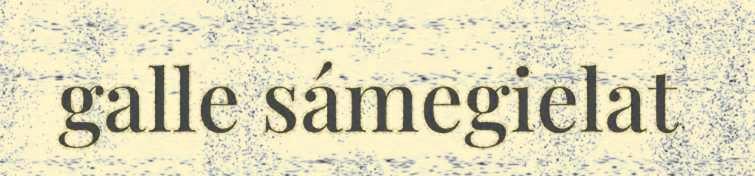
galle sámegielat